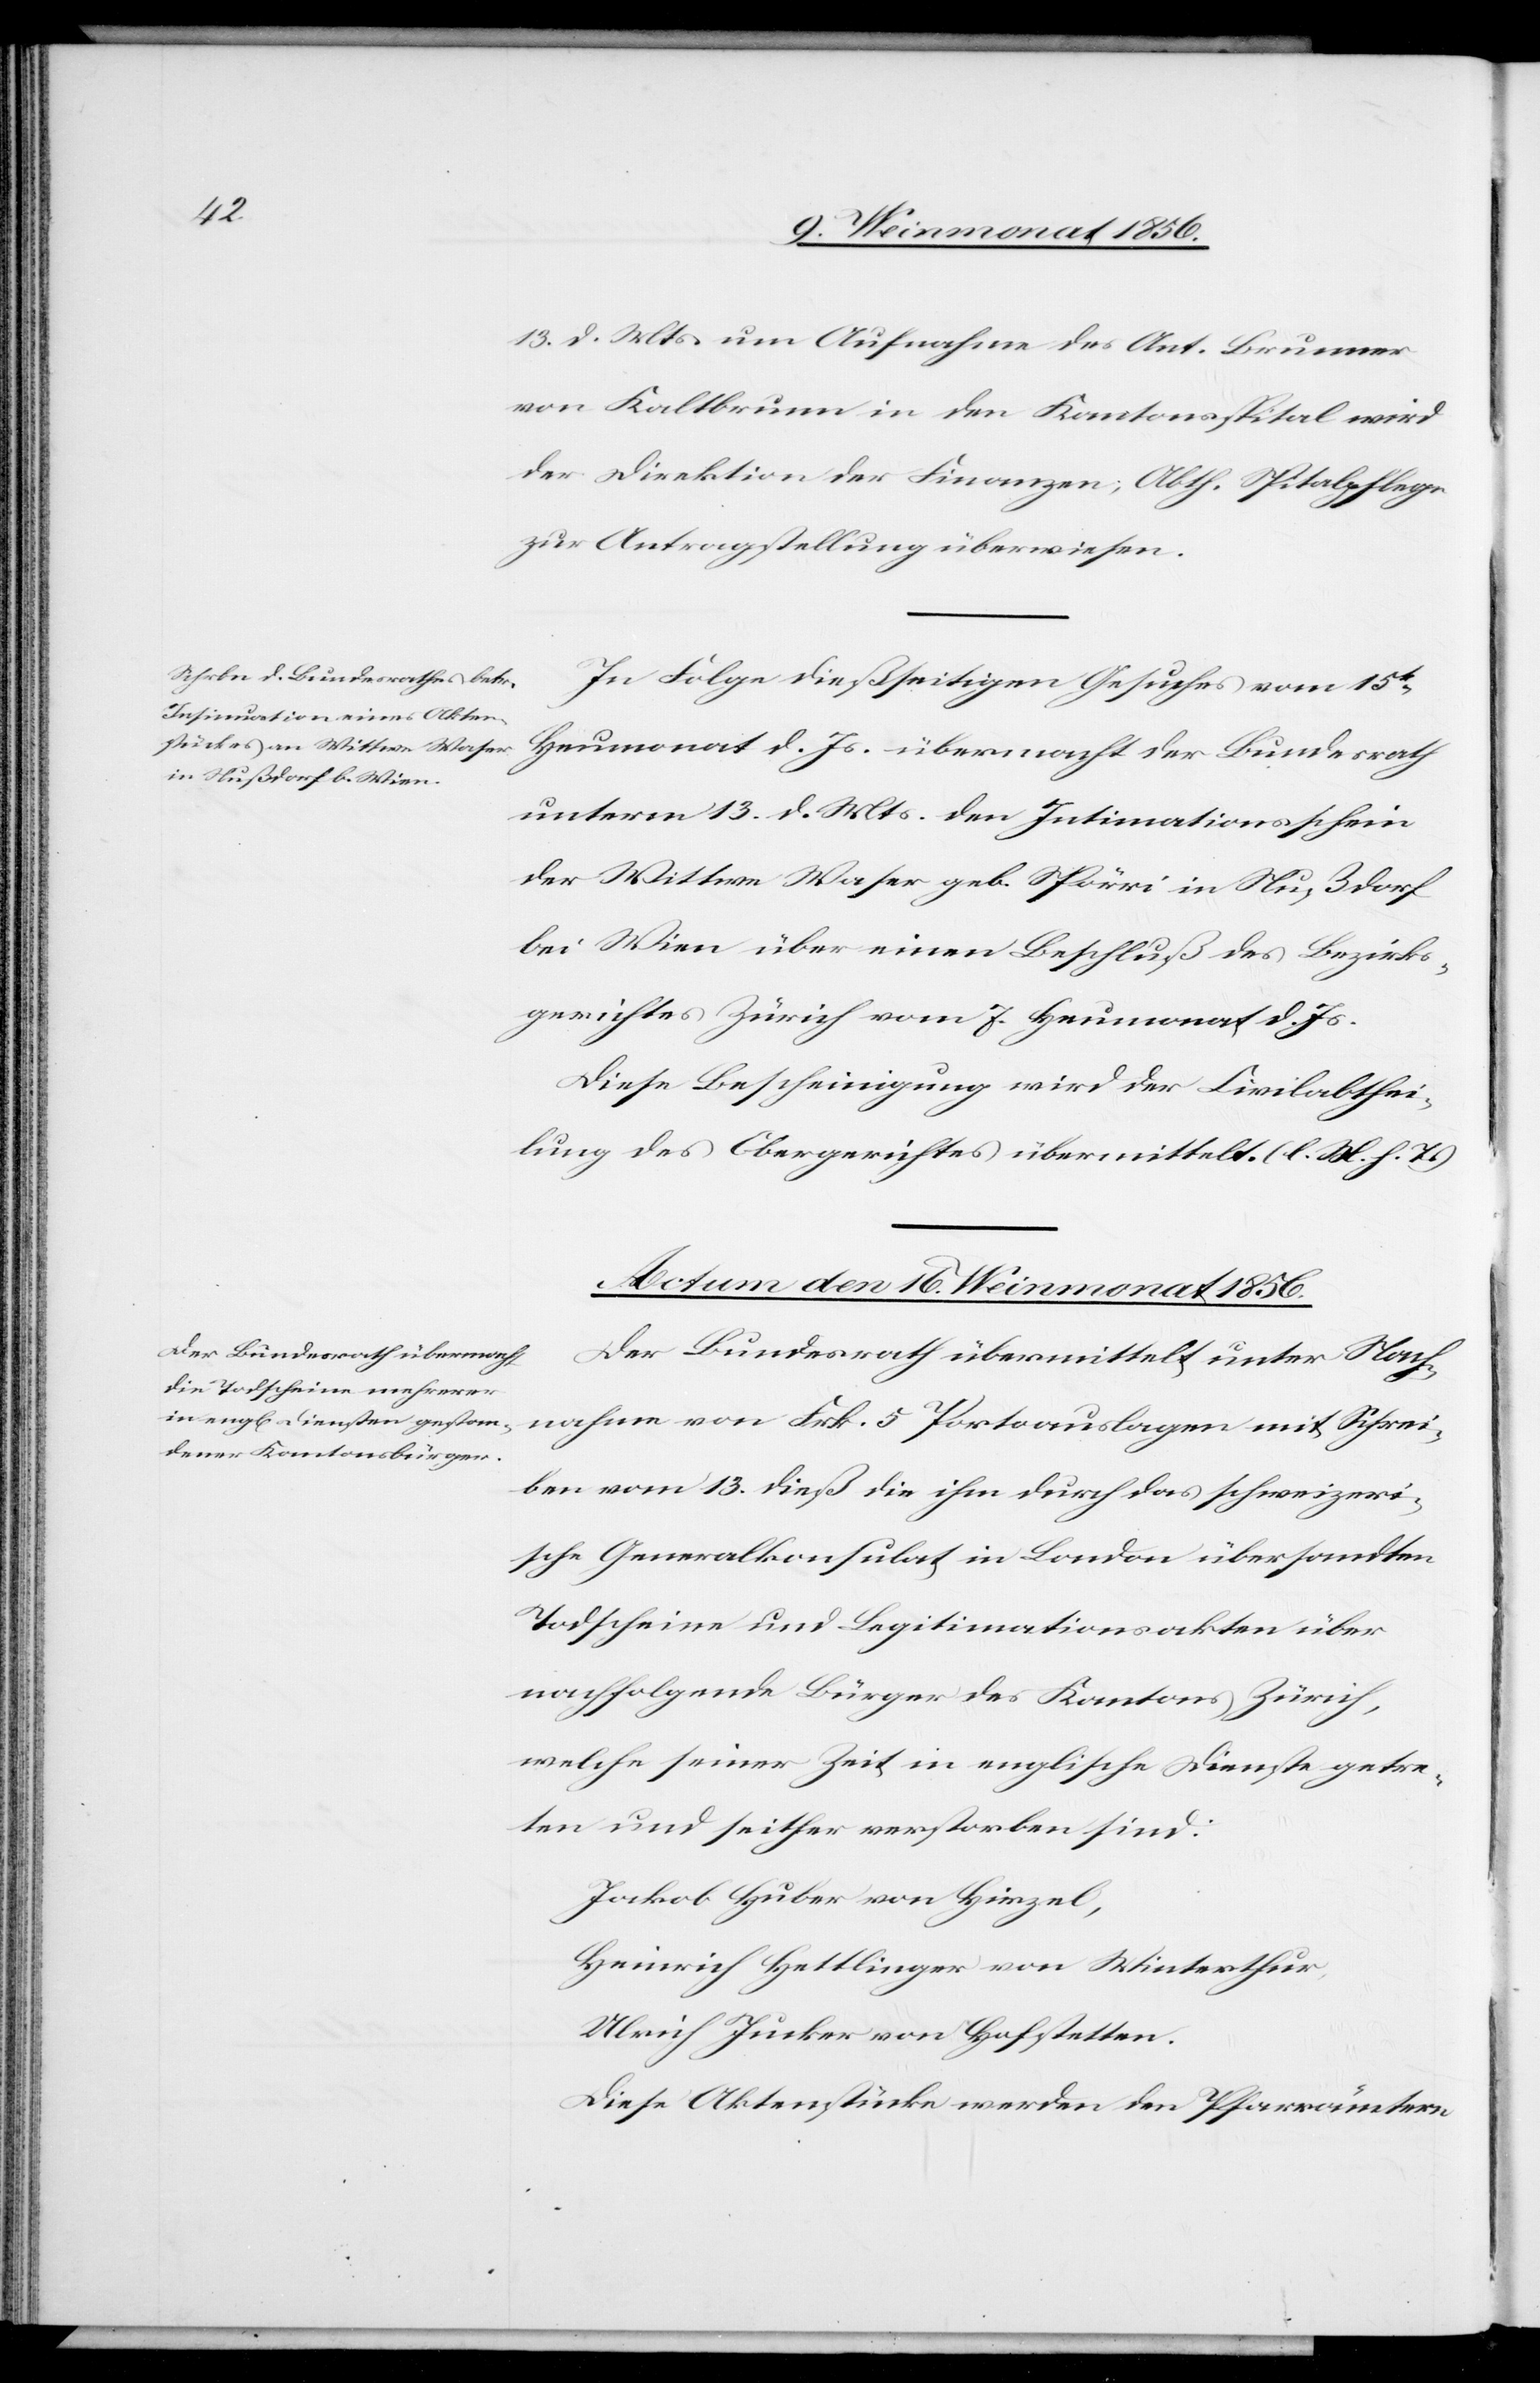
13. d. Mts. um Aufnahme des Ant. Brunner
von Kaltbrunn in den Kantonsspital wird
der Direktion der Finanzen; Abth. Spitalpflege
zur Antragstellung überwiesen.
In Folge dießseitigen Gesuches vom 15t
Heumonat d. Js. übermacht der Bundesrath
unterm 13. d. Mts. den Intimationsschein
der Wittwe Waser geb. Spörri in Nußdorf
bei Wien über einen Beschluß des Bezirks¬
gerichtes Zürich vom 7. Heumonat d. Js.
Diese Bescheinigung wird der Civilabthei¬
lung des Obergerichtes übermittelt. (l. M. h. T.)
Actum den 16. Weinmonat 1856.
Der Bundesrath übermittelt unter Nach¬
nahme von Frk. 5 Portoauslagen mit Schrei¬
ben vom 13. dieß die ihm durch das schweizeri¬
sche Generalkonsulat in London übersandten
Todscheine und Legitimationsakten über
nachfolgende Bürger des Kantons Zürich,
welche seiner Zeit in englische Dienste getre¬
ten und seither verstorben sind:
Jakob Huber von Hirzel,
Heinrich Hettlinger von Winterthur,
Ulrich Jucker von Hofstetten.
Diese Aktenstücke werden den Pfarrämtern